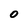
Character: o